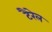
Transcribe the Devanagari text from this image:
टैरेल